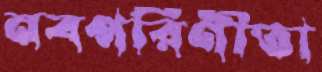
নবপরিণীতা